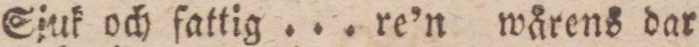
Sjuk och fattig ... re’n wårens dar